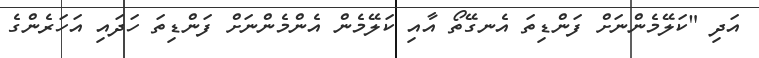
އަދި "ކަލޭމެންނަށް ފަންޑިތަ އެނގޭތޯ އާއި ކަލޭމެން އެންމެންނަށް ފަންޑިތަ ހަދައި އަހަރެންގެ